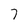
Character: 7